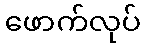
ဖောက်လုပ်